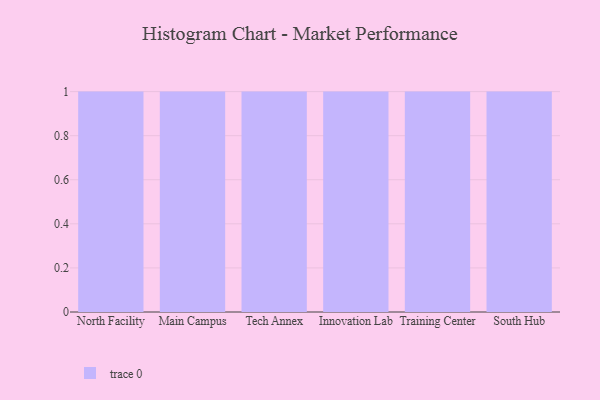
{"axis": {"x": "Campus", "y": "Customer Acquisition Cost (USD)"}, "legend": [""], "data": [{"x": "North Facility", "y": 31, "type": ""}, {"x": "Main Campus", "y": 71, "type": ""}, {"x": "Tech Annex", "y": 50, "type": ""}, {"x": "Innovation Lab", "y": 46, "type": ""}, {"x": "Training Center", "y": 18, "type": ""}, {"x": "South Hub", "y": 98, "type": ""}]}